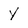
Character: Y